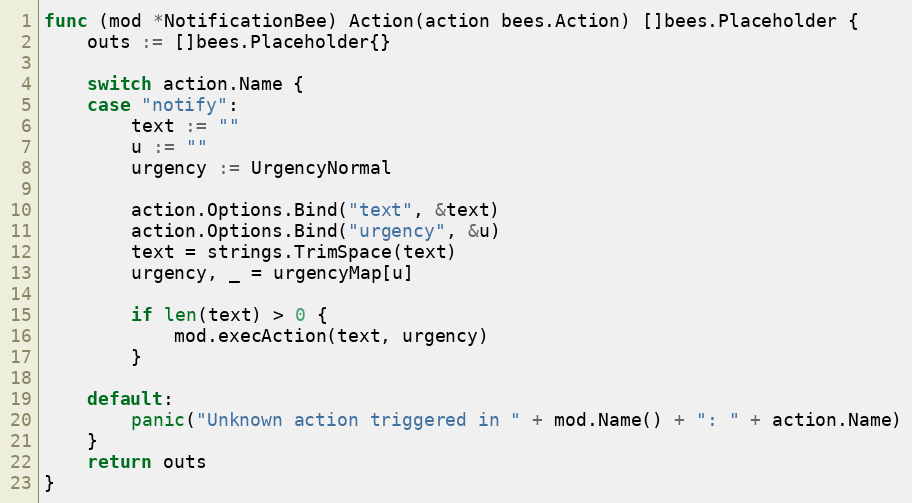
Language: Go
func (mod *NotificationBee) Action(action bees.Action) []bees.Placeholder {
	outs := []bees.Placeholder{}

	switch action.Name {
	case "notify":
		text := ""
		u := ""
		urgency := UrgencyNormal

		action.Options.Bind("text", &text)
		action.Options.Bind("urgency", &u)
		text = strings.TrimSpace(text)
		urgency, _ = urgencyMap[u]

		if len(text) > 0 {
			mod.execAction(text, urgency)
		}

	default:
		panic("Unknown action triggered in " + mod.Name() + ": " + action.Name)
	}
	return outs
}